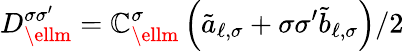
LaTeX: D_{\ellm}^{\sigma\sigma^{\prime}}=\mathbb{C}_{\ellm}^{\sigma}\left(\tilde{{a}}_{\ell,\sigma}+\sigma\sigma^{\prime}\tilde{{b}}_{\ell,\sigma}\right)/{2}